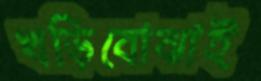
খড়িবোঝাই